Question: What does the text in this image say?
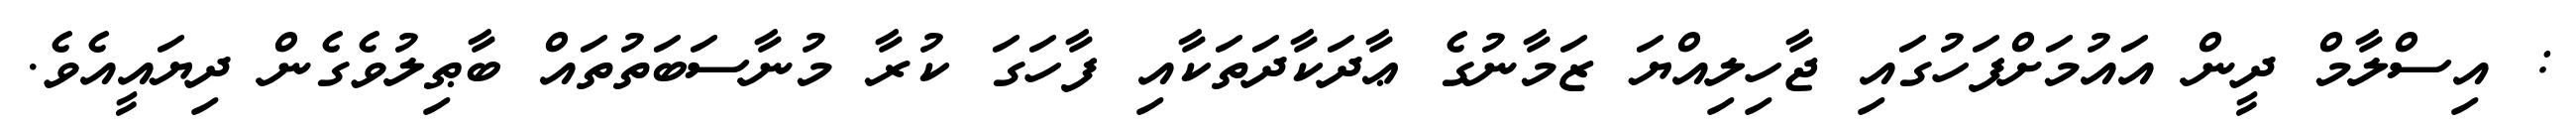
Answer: : އިސްލާމް ދީން އައުމަށްފަހުގައި ޖާހިލިއްޔަ ޒަމާނުގެ ޢާދަކާދަތަކާއި ފާހަގަ ކުރާ މުނާސަބަތުތައް ބާޠިލުވެގެން ދިޔައީއެވެ.